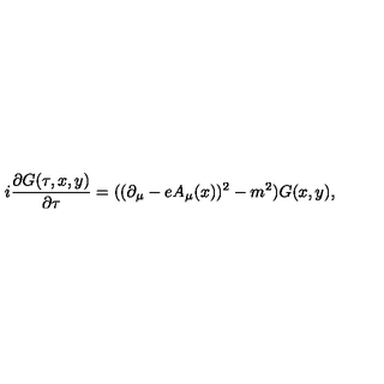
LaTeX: i \frac { \partial G ( \tau , x , y ) } { \partial \tau } = ( ( \partial _ { \mu } - e A _ { \mu } ( x ) ) ^ { 2 } - m ^ { 2 } ) G ( x , y ) ,